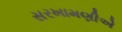
સરખામણીએ